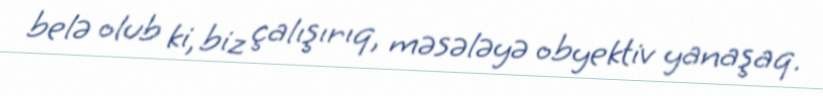
belə olub ki, biz çalışırıq, məsələyə obyektiv yanaşaq.